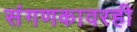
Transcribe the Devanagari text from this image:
संगणकावरही